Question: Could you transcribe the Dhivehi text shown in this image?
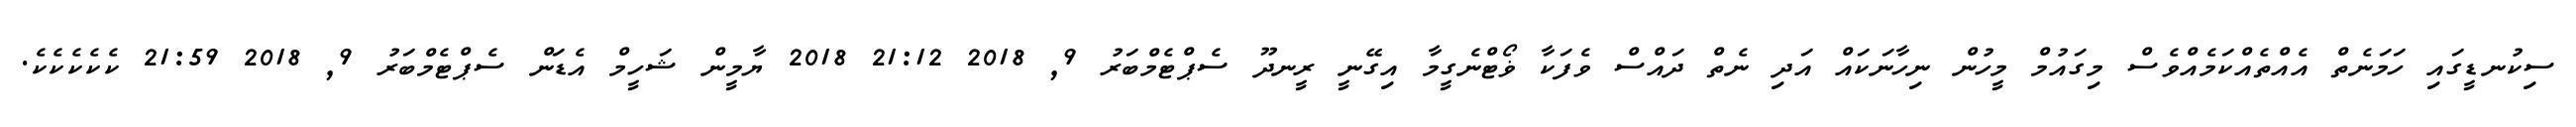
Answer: ސިކުނޑީގައި ހަމަނެތް އެއްތެއްކަމެއްވެސް މިގައުމް މީހުން ނިހާނަކައް އަދި ނެތް ދައްސް ވެފަކާ ޥޯޓްނެގީމާ އިގޭނީ ރީނދޫ ސެޕްޓެމްބަރު 9, 2018 21:12 2018 ޔާމީން ޝަހީމް އެޑަން ސެޕްޓެމްބަރު 9, 2018 21:59 ކެކެކެކެކެ.